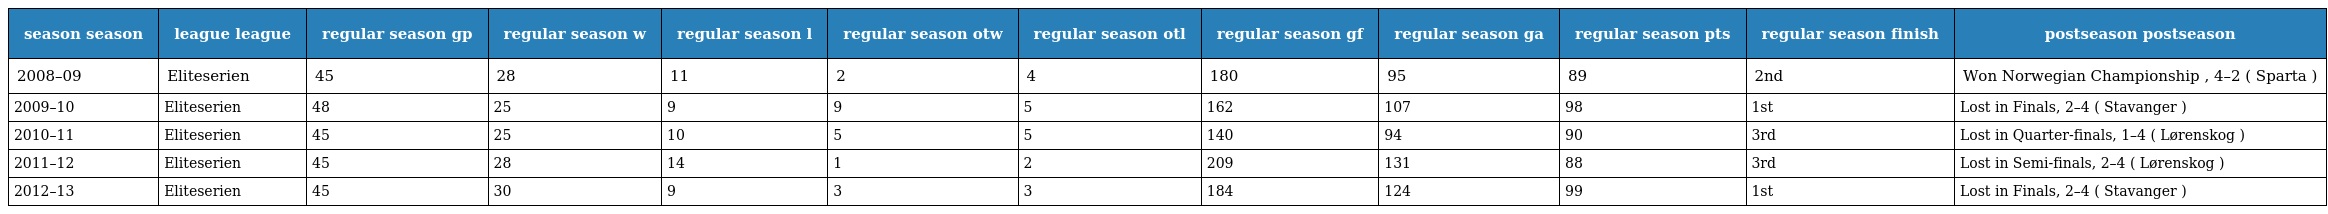
| season season | league league | regular season gp | regular season w | regular season l | regular season otw | regular season otl | regular season gf | regular season ga | regular season pts | regular season finish | postseason postseason |
 | --- | --- | --- | --- | --- | --- | --- | --- | --- | --- | --- | --- |
 | 2008–09 | Eliteserien | 45 | 28 | 11 | 2 | 4 | 180 | 95 | 89 | 2nd | Won Norwegian Championship , 4–2 ( Sparta ) |
 | 2009–10 | Eliteserien | 48 | 25 | 9 | 9 | 5 | 162 | 107 | 98 | 1st | Lost in Finals, 2–4 ( Stavanger ) |
 | 2010–11 | Eliteserien | 45 | 25 | 10 | 5 | 5 | 140 | 94 | 90 | 3rd | Lost in Quarter-finals, 1–4 ( Lørenskog ) |
 | 2011–12 | Eliteserien | 45 | 28 | 14 | 1 | 2 | 209 | 131 | 88 | 3rd | Lost in Semi-finals, 2–4 ( Lørenskog ) |
 | 2012–13 | Eliteserien | 45 | 30 | 9 | 3 | 3 | 184 | 124 | 99 | 1st | Lost in Finals, 2–4 ( Stavanger ) |